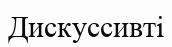
Дискуссивті